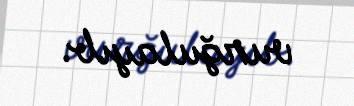
vurğulayıb.